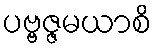
ပဗ္ဗဇ္ဇမယာစိ